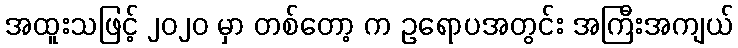
အထူးသဖြင့် ၂၀၂၀ မှာ တစ်တော့ က ဥရောပအတွင်း အကြီးအကျယ်